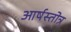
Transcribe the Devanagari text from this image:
आर्षस्तोत्र